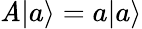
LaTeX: \mathit{A}|a\rangle=a|a\rangle